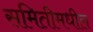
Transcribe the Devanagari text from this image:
समितीमधील